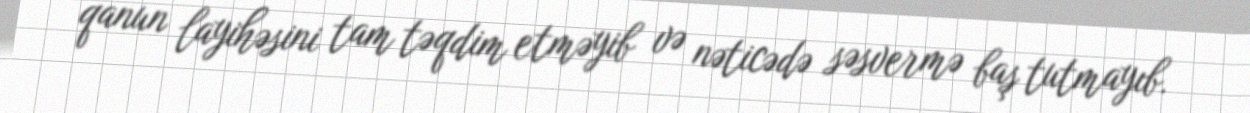
qanun layihəsini tam təqdim etməyib və nəticədə səsvermə baş tutmayıb.